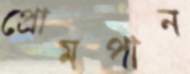
প্রোমপান